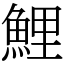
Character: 鯉